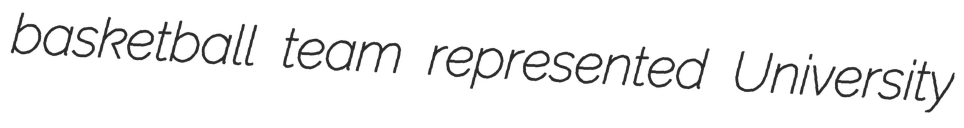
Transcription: basketball team represented University